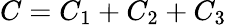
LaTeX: C=C_{1}+C_{2}+C_{3}